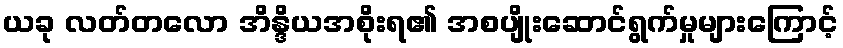
ယခု လတ်တလော အိန္ဒိယအစိုးရ၏ အစပျိုးဆောင်ရွက်မှုများကြောင့်